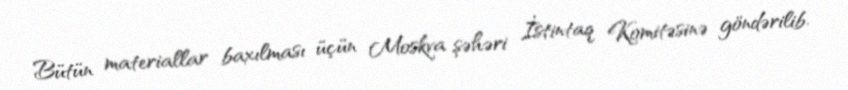
Bütün materiallar baxılması üçün Moskva şəhəri İstintaq Komitəsinə göndərilib.